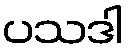
ပသဒါ